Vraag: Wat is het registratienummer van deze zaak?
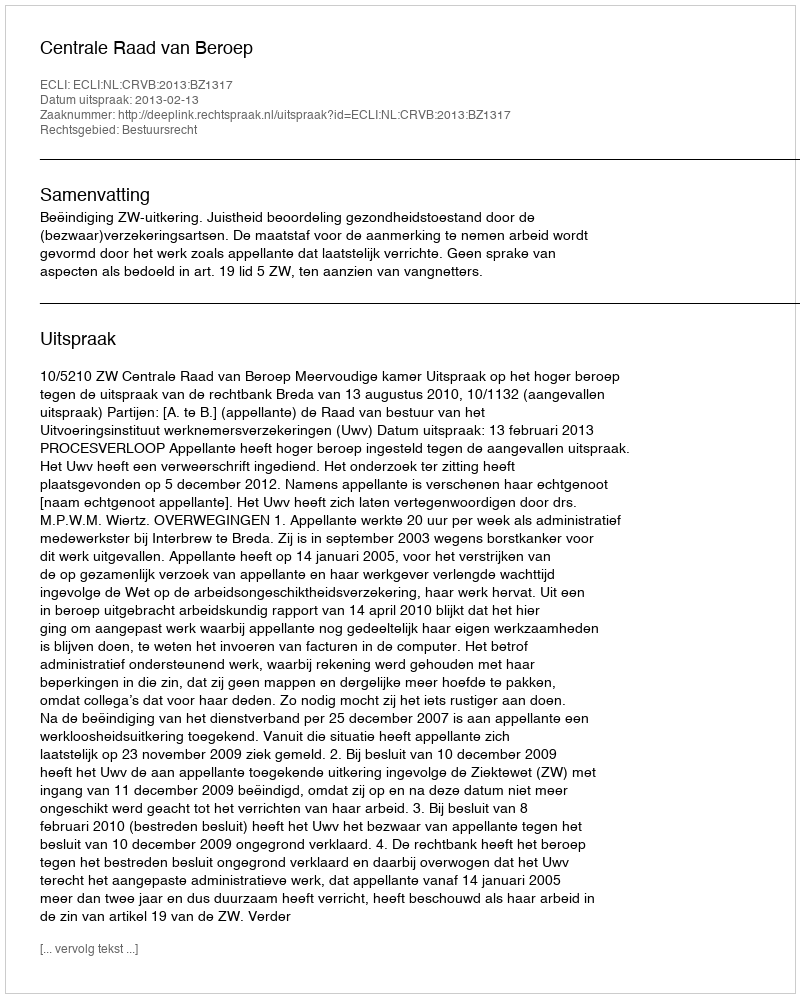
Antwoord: http://deeplink.rechtspraak.nl/uitspraak?id=ECLI:NL:CRVB:2013:BZ1317